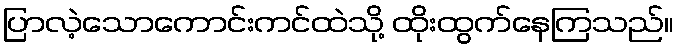
ပြာလဲ့သောကောင်းကင်ထဲသို့ ထိုးထွက်နေကြသည်။